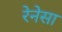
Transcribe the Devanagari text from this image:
रेनेसा